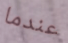
عندما